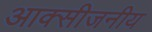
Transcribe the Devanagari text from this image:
आक्सीजनीय